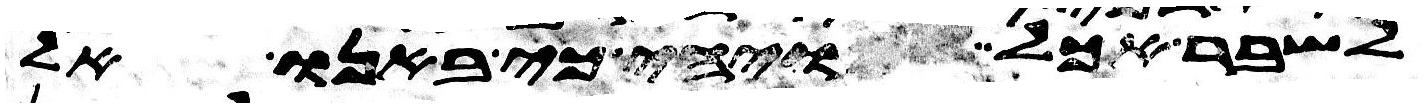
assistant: לשבר אכל ויהי כי באנו אל